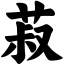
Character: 菽